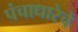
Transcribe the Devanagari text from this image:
पंचाधारेचे